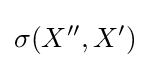
\sigma (X'',X')